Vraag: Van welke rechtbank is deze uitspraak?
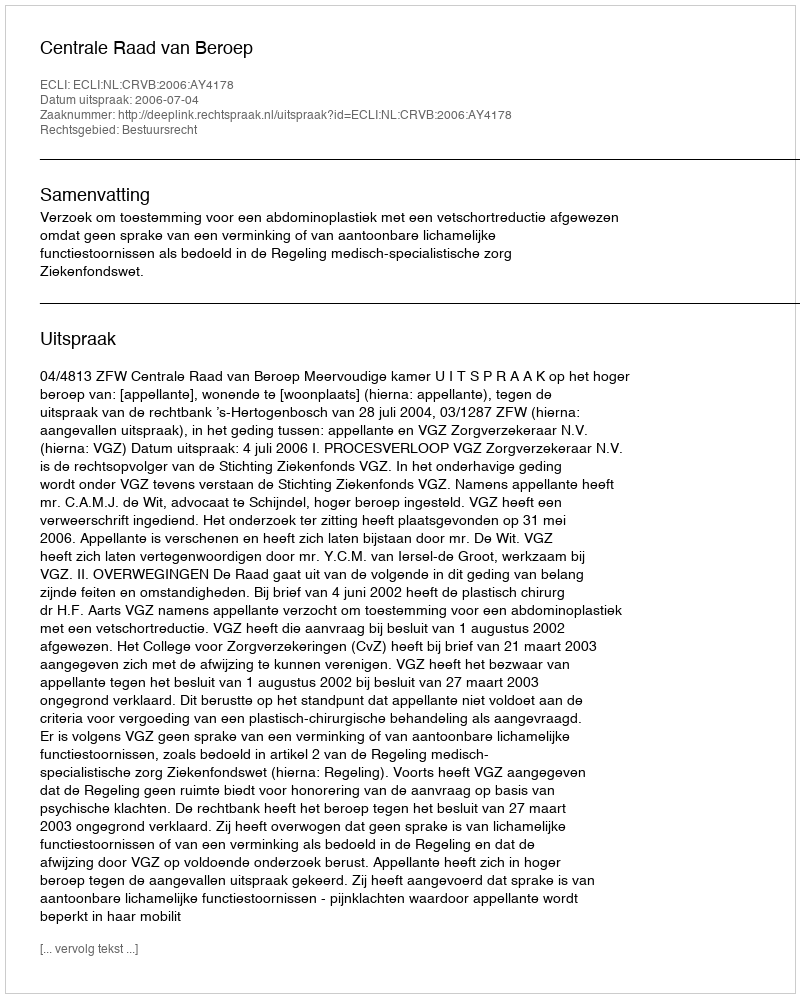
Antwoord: Centrale Raad van Beroep